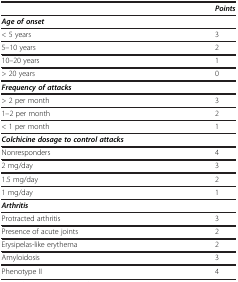
|  | Points |
 | --- | --- |
 | Age of onset |  |
 | < 5 years | 3 |
 | 5–10 years | 2 |
 | 10–20 years | 1 |
 | > 20 years | 0 |
 | Frequency of attacks |  |
 | > 2 per month | 3 |
 | 1–2 per month | 2 |
 | < 1 per month | 1 |
 | Colchicine dosage to control attacks |  |
 | Nonresponders | 4 |
 | 2 mg/day | 3 |
 | 1.5 mg/day | 2 |
 | 1 mg/day | 1 |
 | Arthritis |  |
 | Protracted arthritis | 3 |
 | Presence of acute joints | 2 |
 | Erysipelas-like erythema | 2 |
 | Amyloidosis | 3 |
 | Phenotype II | 4 |